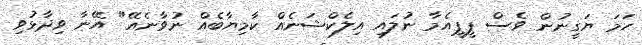
ހަމަ ޔަގީނުން ވެސް ޕީޕީއެމާ ނުލައި އިލެކްޝަނެއް ކާމިޔާބެއް ނުވާނެއޭ" އޭނާ ވިދާޅުވި